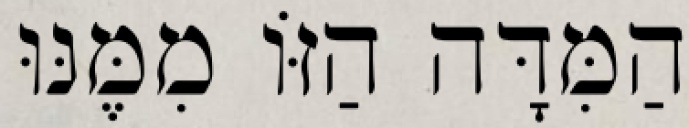
הַמִּדָּה הַזּוֹ מִמֶּנּוּ